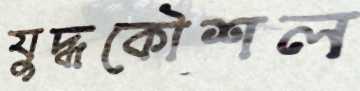
যুদ্ধকৌশল